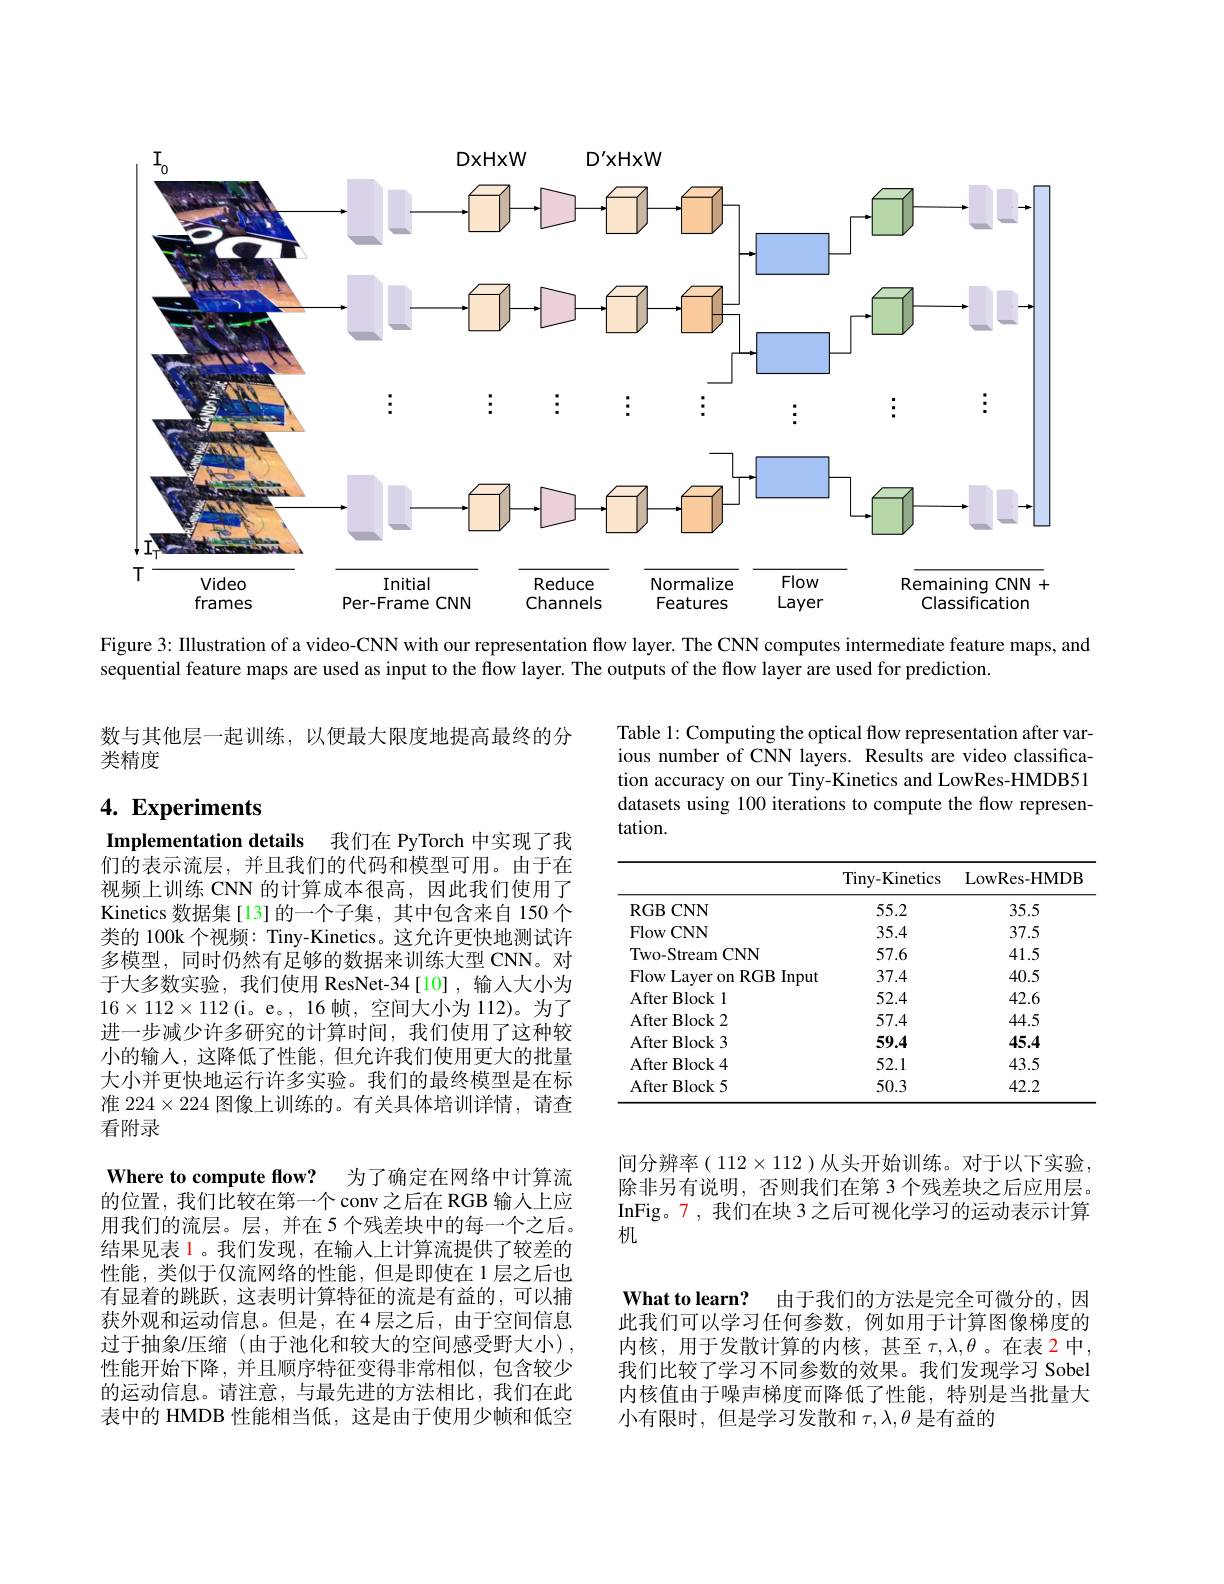
<FigureHere>

Figure 3: IIlustration of a video-CNN with our representation flow layer. The CNN computes intermediate feature maps, and
sequential feature maps are used as input to the flow layer. The outputs of the flow layer are used for prediction.

数与其他层一起训练，以便最大限度地提高最终的分
类精度

Table 1: Computing the optical flow representation after various number of CNN layers. Results are video classification accuracy on our Tiny-Kinetics and LowRes-HMDB51 datasets using 100 iterations to compute the flow representation.

# 4. Experiments

Implementation details 我们在 PyTorch 中实现了我们的表示流层，并且我们的代码和模型可用。由于在视频上训练 CNN 的计算成本很高，因此我们使用了Kinetics 数据集[13]的一个子集，其中包含来自 150 个类的 100k 个视频：Tiny-Kinetics。这允许更快地测试许多模型，同时仍然有足够的数据来训练大型 CNN。对于大多数实验，我们使用 ResNet-34[10],输人大小为$16\times112\times112($i。e。,16 帧，空间大小为 112)。为了进一步减少许多研究的计算时间，我们使用了这种较小的输入，这降低了性能，但允许我们使用更大的批量大小并更快地运行许多实验。我们的最终模型是在标准$224\times224$图像上训练的。有关具体培训详情，请查看附录

<table>
	<tbody>
		<tr>
			<th> </th>
			<th>Tiny-Kinetics</th>
			<th>LowRes- HMDB</th>
		</tr>
		<tr>
			<td>$RGB$ $CNN$ $\therefore\angle AB=\angle AB$</td>
			<td>55.2</td>
			<td>35.5</td>
		</tr>
		<tr>
			<td>Flow CNN</td>
			<td>35.4</td>
			<td>37.5</td>
		</tr>
		<tr>
			<td>Two-Stream 1CNN</td>
			<td>57.6</td>
			<td>41.5</td>
		</tr>
		<tr>
			<td>Flow Laver on RGB 3 Input</td>
			<td>37.4</td>
			<td>40.5</td>
		</tr>
		<tr>
			<td>After Block 1</td>
			<td>52.4</td>
			<td>42.6</td>
		</tr>
		<tr>
			<td>${\mathrm{After~Block~2}}$</td>
			<td>57.4</td>
			<td>44.5</td>
		</tr>
		<tr>
			<td>${\mathrm{After~Block~3}}$</td>
			<td>59.4</td>
			<td>45.4</td>
		</tr>
		<tr>
			<td>${\mathrm{After~Block~4}}$</td>
			<td>52.1</td>
			<td>43.5</td>
		</tr>
		<tr>
			<td>AfterBlock5</td>
			<td>50.3</td>
			<td>42.2</td>
		</tr>
	</tbody>
</table>

间分辨率( 112$\times112$ )从头开始训练。对于以下实验， 除非另有说明，否则我们在第 3 个残差块之后应用层。InFig。7,我们在块 3 之后可视化学习的运动表示计算机

Where to compute flow? 为了确定在网络中计算流的位置，我们比较在第一个conv之后在 RGB 输人上应用我们的流层。层，并在 5 个残差块中的每一个之后。结果见表 1。我们发现，在输入上计算流提供了较差的性能，类似于仅流网络的性能，但是即使在 1层之后也有显着的跳跃，这表明计算特征的流是有益的，可以捕获外观和运动信息。但是，在4层之后，由于空间信息过于抽象/压缩(由于池化和较大的空间感受野大小), 性能开始下降，并且顺序特征变得非常相似，包含较少的运动信息。请注意，与最先进的方法相比，我们在此表中的 HMDB 性能相当低，这是由于使用少帧和低空

What to learn? 由干我们的方法是完全可微分的，因此我们可以学习任何参数，例如用于计算图像梯度的内核，用于发散计算的内核，甚至$\tau,\lambda,\theta$。在表 2中， 我们比较了学习不同参数的效果。我们发现学习 Sobel 内核值由于噪声梯度而降低了性能，特别是当批量大小有限时，但是学习发散和$\tau,\lambda,\theta$是有益的